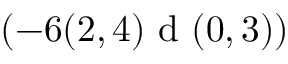
( - 6 ( 2 , 4 ) \textrm { d } ( 0 , 3 ) )